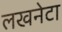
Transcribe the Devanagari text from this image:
लखनेटा